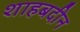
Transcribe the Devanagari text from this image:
शाहबदीन